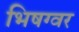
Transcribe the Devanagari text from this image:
भिषग्वर